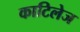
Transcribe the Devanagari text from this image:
काटिलेज